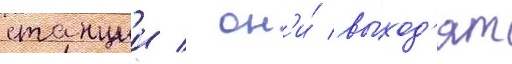
станции / он'и́ выход'ят